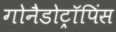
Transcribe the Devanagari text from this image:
गोनैडोट्रॉपिंस